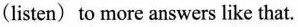
(listen) to more answers like that.